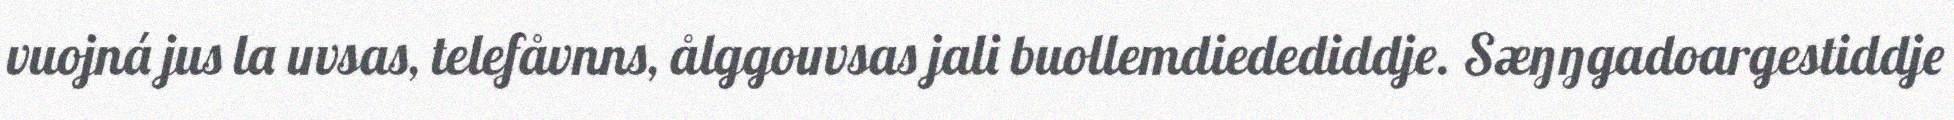
vuojná jus la uvsas, telefåvnns, ålggouvsas jali buollemdiedediddje. Sæŋŋgadoargestiddje